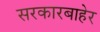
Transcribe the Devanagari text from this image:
सरकारबाहेर